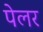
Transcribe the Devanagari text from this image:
पेलर